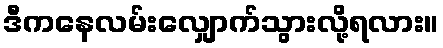
ဒီကနေလမ်းလျှောက်သွားလို့ရလား။